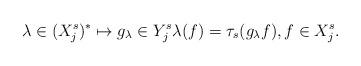
LaTeX: \begin{align*}\lambda \in (X_j^s)^* \mapsto g_\lambda \in Y_j^s \lambda(f) = \tau_s( g_\lambda f) , f \in X_j^s.\end{align*}